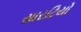
સારટિયો